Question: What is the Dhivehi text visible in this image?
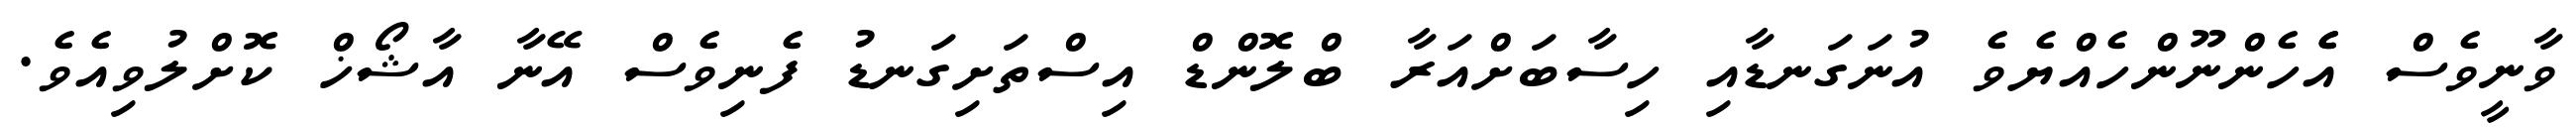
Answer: ވާނީވެސް އެެހެންނޫންހެއްޔެވެ އުނަގަނޑާއި ހިސާބަށްއަރާ ބްލޮންޑް އިސްތަށިގަނޑު ފެނިވެސް އޭނާ އާޝޯޚް ކޮށްލުވިއެވެ.